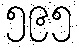
၅၉၅